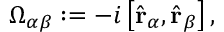
\Omega _ { \alpha \beta } : = - i \left[ \hat { \bf { r } } _ { \alpha } , \hat { \bf { r } } _ { \beta } \right] ,